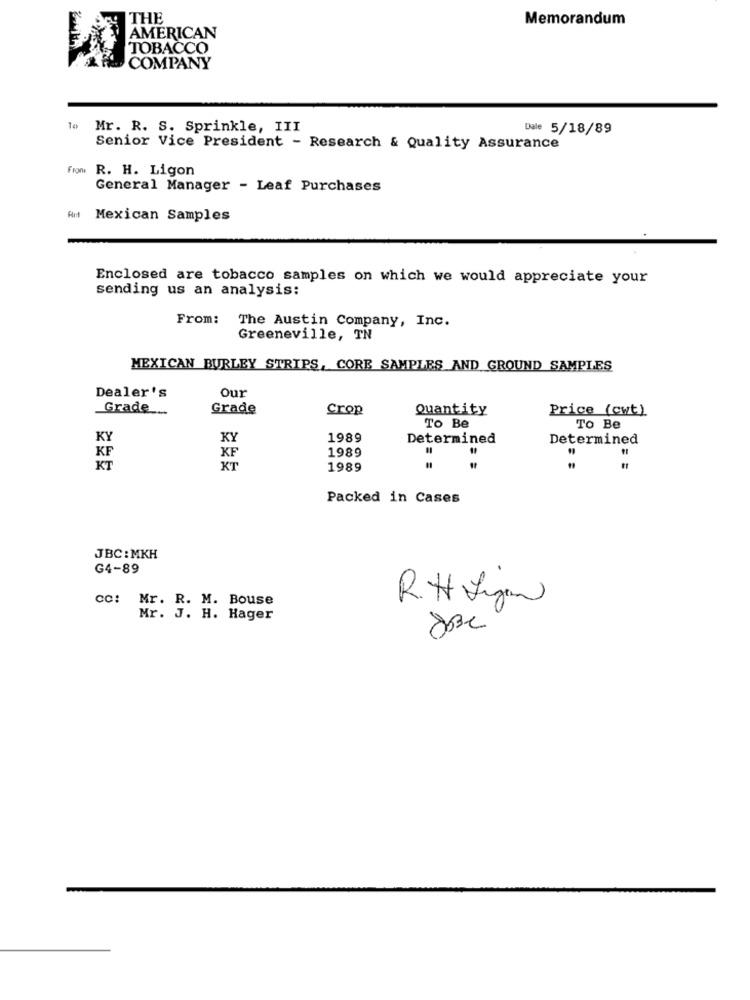
THE
Memorandum
AMERICAN
TOBACCO
COMPANY
Mr. R. S. Sprinkle, III
Dale 5/18/89
Senior Vice President - Research & Quality Assurance
From R. H. Ligon
General Manager - Leaf Purchases
AH Mexican Samples
Enclosed are tobacco samples on which we would appreciate your
sending us an analysis:
From: The Austin Company, Inc.
Greeneville, TN
MEXICAN BURLEY STRIPS, CORE SAMPLES AND GROUND SAMPLES
Our
Dealer's
Grade
Grade
Crop
Quantity
Price (cwt)
To Be
To Be
KY
KY
1989
Determined
Determined
KF
KF
1989
KT
KT
1989
Packed in Cases
JBC: MKH
G4-89
cc: Mr. R. M. Bouse
R.H Ligan
Mr. J. H. Hager